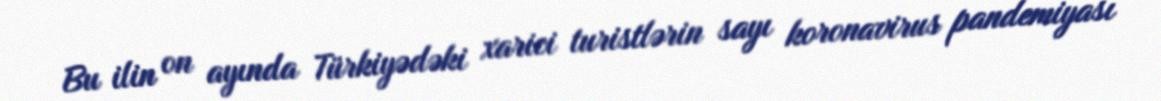
Bu ilin on ayında Türkiyədəki xarici turistlərin sayı koronavirus pandemiyası